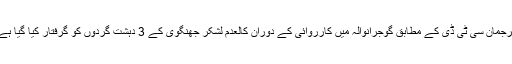
ترجمان سی ٹی ڈی کے مطابق گوجرانوالہ میں کارروائی کے دوران کالعدم لشکر جھنگوی کے 3 دہشت گردوں کو گرفتار کیا گیا ہے۔